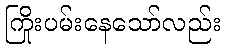
ကြိုးပမ်းနေသော်လည်း